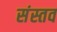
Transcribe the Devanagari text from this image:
संस्तव